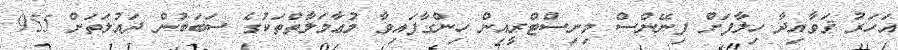
އަހަރު ޤަވާއިދާ ހިލާފަށް ފިނޭންސް މިނިސްޓްރީއިން ހިންގާފައިވާ މުޢާމަލާތްތަކުގެ ސަބަބުން ދައުލަތަށް 955